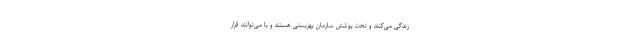
زندگی می‌کنند و تحت پوشش سازمان بهزیستی هستند و یا می‌توانند قرار